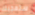
ستعجبك